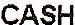
CASH